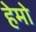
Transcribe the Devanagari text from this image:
हेमो